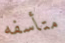
متأسفه